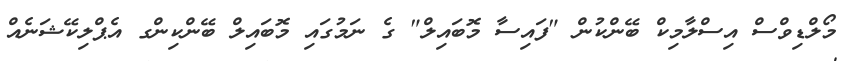
މޯލްޑިވްސް އިސްލާމިކް ބޭންކުން "ފައިސާ މޮބައިލް" ގެ ނަމުގައި މޮބައިލް ބޭންކިންގ އެޕްލިކޭޝަނެއް